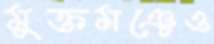
মুক্তমঞ্চেও